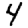
Digit: 4